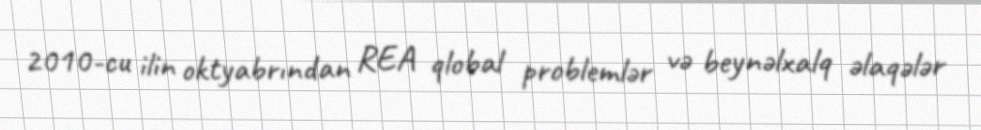
2010-cu ilin oktyabrından REA qlobal problemlər və beynəlxalq əlaqələr